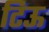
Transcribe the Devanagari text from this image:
टिऊ